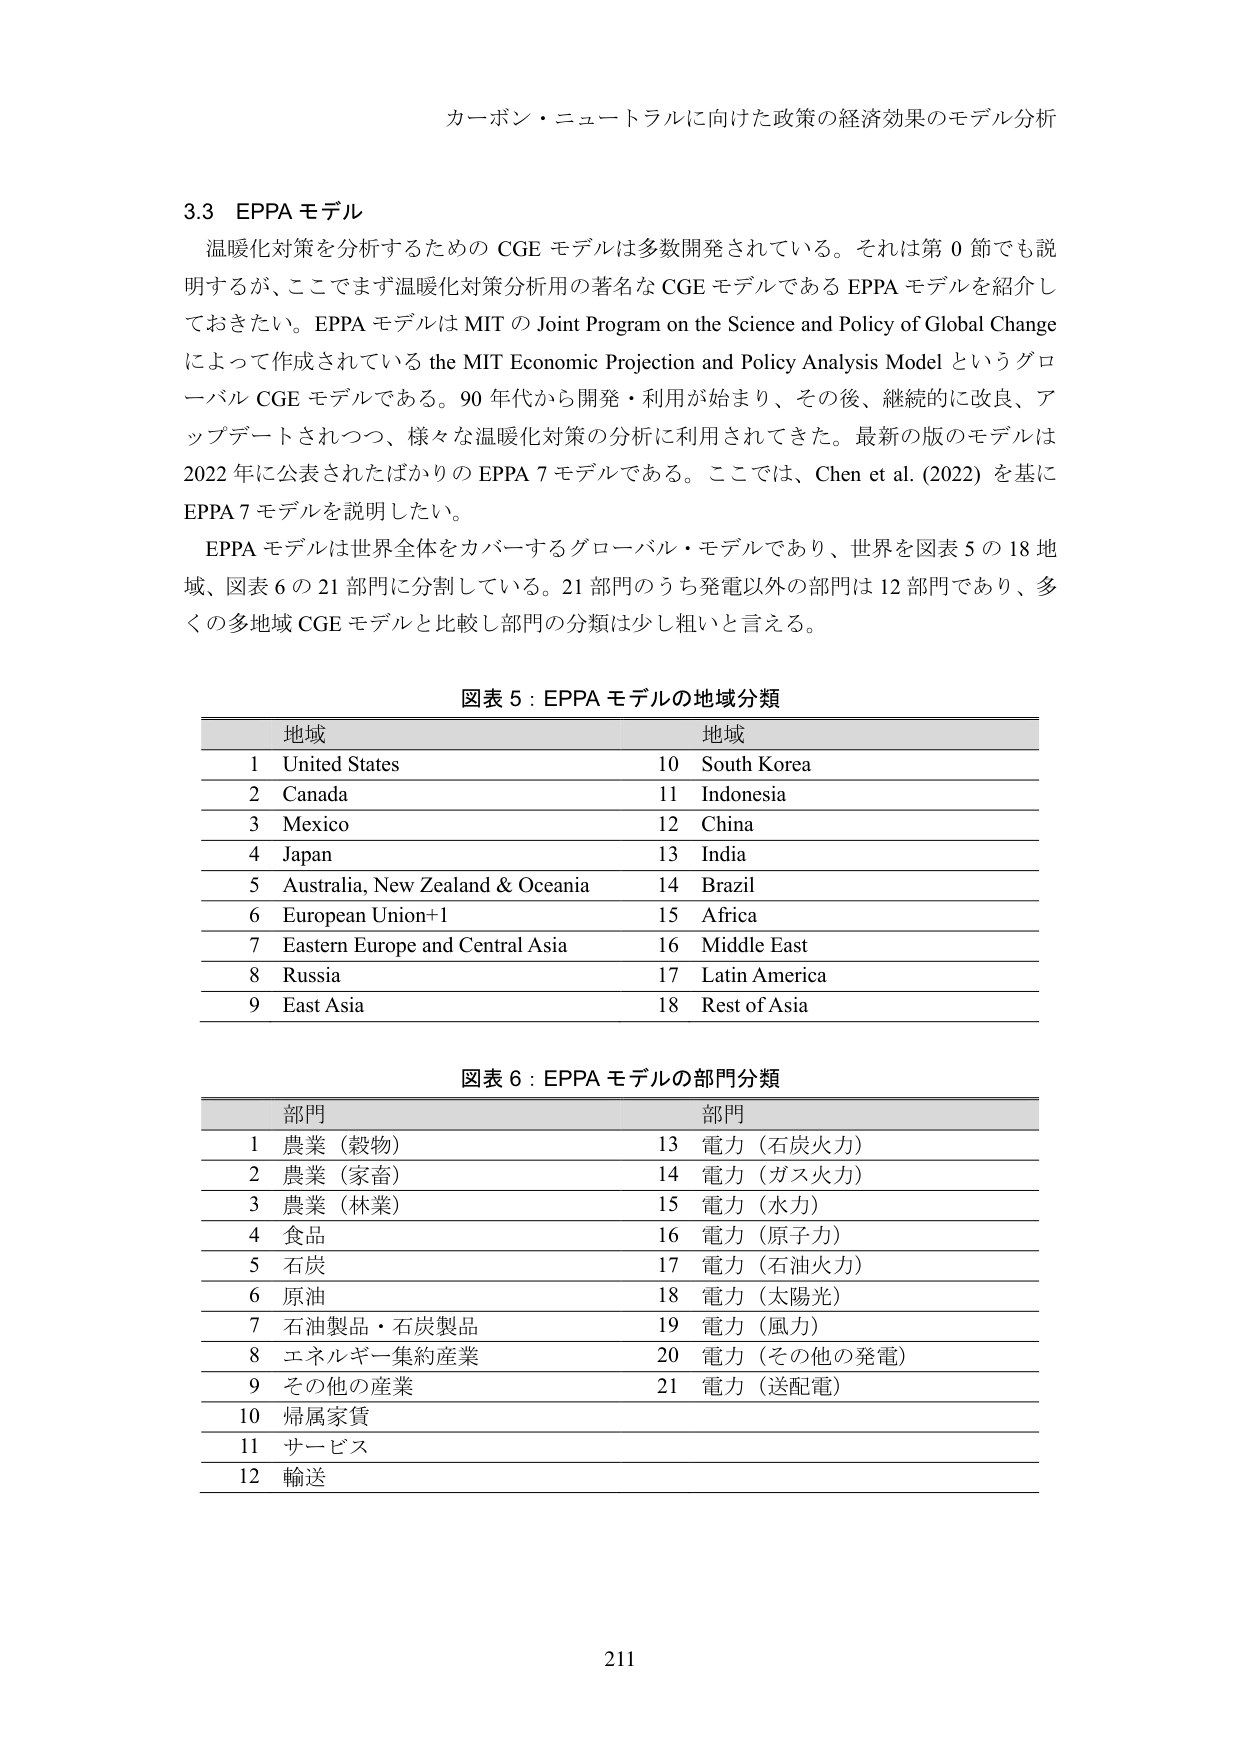
カーボン・ニュートラルに向けた政策の経済効果のモデル分析

3.3 EPPA モデル
温暖化対策を分析するための CGE モデルは多数開発されている。それは第 0 節でも説明するが、ここでまず温暖化対策分析用の著名な CGE モデルである EPPA モデルを紹介しておきたい。EPPA モデルは MIT の Joint Program on the Science and Policy of Global Change によって作成されている the MIT Economic Projection and Policy Analysis Model というグローバル CGE モデルである。90 年代から開発・利用が始まり、その後、継続的に改良、アップデートされつつ、様々な温暖化対策の分析に利用されてきた。最新の版のモデルは 2022 年に公表されたばかりの EPPA 7 モデルである。ここでは、Chen et al. (2022) を基に EPPA 7 モデルを説明したい。
EPPA モデルは世界全体をカバーするグローバル・モデルであり、世界を図表 5 の 18 地域、図表 6 の 21 部門に分割している。21 部門のうち発電以外の部門は 12 部門であり、多くの多地域 CGE モデルと比較し部門の分類は少し粗いと言える。

図表 5：EPPA モデルの地域分類
地域 地域
1 United States 10 South Korea
2 Canada 11 Indonesia
3 Mexico 12 China
4 Japan 13 India
5 Australia, New Zealand & Oceania 14 Brazil
6 European Union+1 15 Africa
7 Eastern Europe and Central Asia 16 Middle East
8 Russia 17 Latin America
9 East Asia 18 Rest of Asia

図表 6：EPPA モデルの部門分類
部門 部門
1 農業（穀物） 13 電力（石炭火力）
2 農業（家畜） 14 電力（ガス火力）
3 農業（林業） 15 電力（水力）
4 食品 16 電力（原子力）
5 石炭 17 電力（石油火力）
6 原油 18 電力（太陽光）
7 石油製品・石炭製品 19 電力（風力）
8 エネルギー集約産業 20 電力（その他の発電）
9 その他の産業 21 電力（送配電）
10 帰属家賃
11 サービス
12 輸送

211